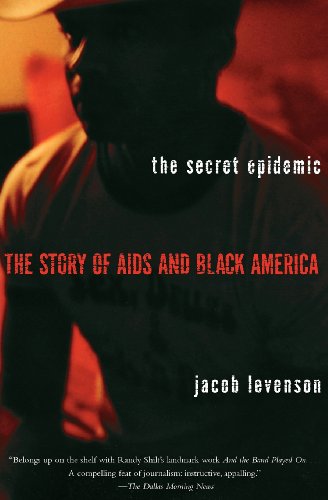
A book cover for The Secret Epidemic: The Story of AIDS and Black America; Jacob Levenson; Health, Fitness & Dieting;